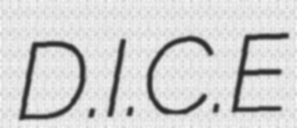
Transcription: D.I.C.E